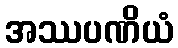
အဿပဏိယံ